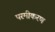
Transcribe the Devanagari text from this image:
परमीकरण